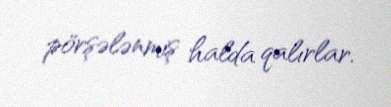
pörşələnmiş halda qalırlar.